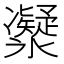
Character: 𠘤